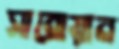
সারোয়ান